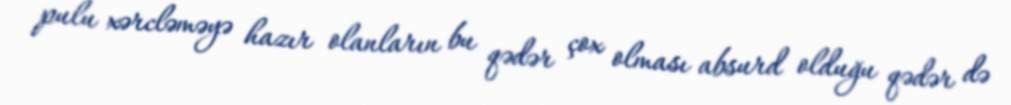
pulu xərcləməyə hazır olanların bu qədər çox olması absurd olduğu qədər də